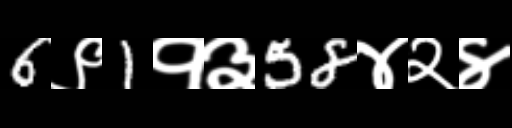
Text: 6९1१३58४२४